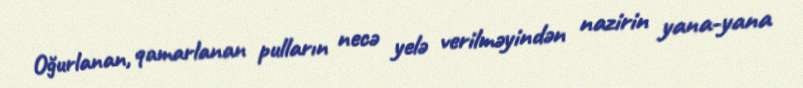
Oğurlanan, qamarlanan pulların necə yelə verilməyindən nazirin yana-yana